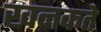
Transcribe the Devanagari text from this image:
खनकते